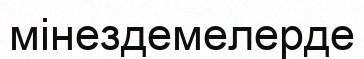
мінездемелерде